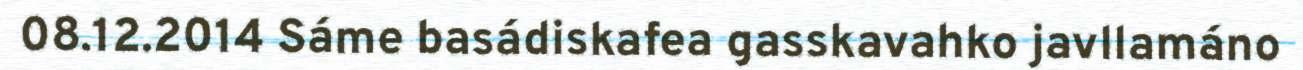
08.12.2014 Sáme basádiskafea gasskavahko javllamáno